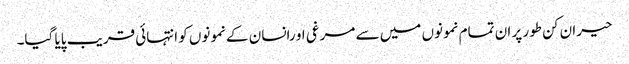
حیران کن طور پر ان تمام نمونوں میں سے مرغی او رانسان کے نمونوں کو انتہائی قریب پایا گیا۔